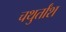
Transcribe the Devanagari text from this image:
चथुर्तांश